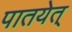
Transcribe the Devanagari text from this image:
पातयेत्